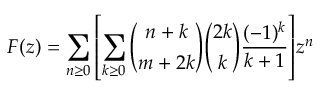
F ( z ) = \sum _ { n \geq 0 } { \left[ \sum _ { k \geq 0 } { { \binom { n + k } { m + 2 k } } { \binom { 2 k } { k } } { \frac { ( - 1 ) ^ { k } } { k + 1 } } } \right] } z ^ { n }